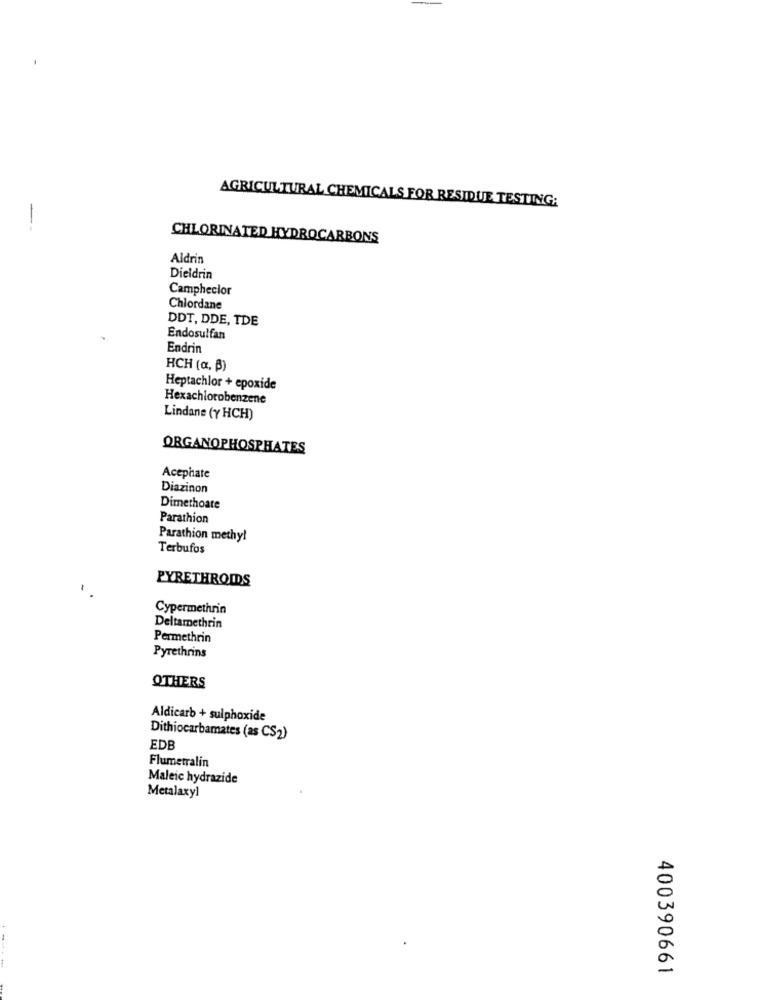
AGRICULTURAL CHEMICALS FOR RESIDUE TESTING:
--
CHLORINATED HYDROCARBONS
Aldrin
Dieldrin
Campheclor
Chlordane
DDT, DDE, TDE
Endosulfan
Endrin
HCH (a, B)
Heptachlor + epoxide
Hexachlorobenzene
Lindane (Y HCH)
ORGANOPHOSPHATES
Acephate
Diazinon
Dimethoate
Parathion
Parathion methyl
Terbufos
PYRETHROIDS
Cypermethrin
Deltamethrin
Permethrin
Pyrethrins
OTHERS
Aldicarb + sulphoxide
Dithiocarbamates (as CS2)
EDB
Flumetralin
Maleic hydrazide
Metalaxyl
--
400390661